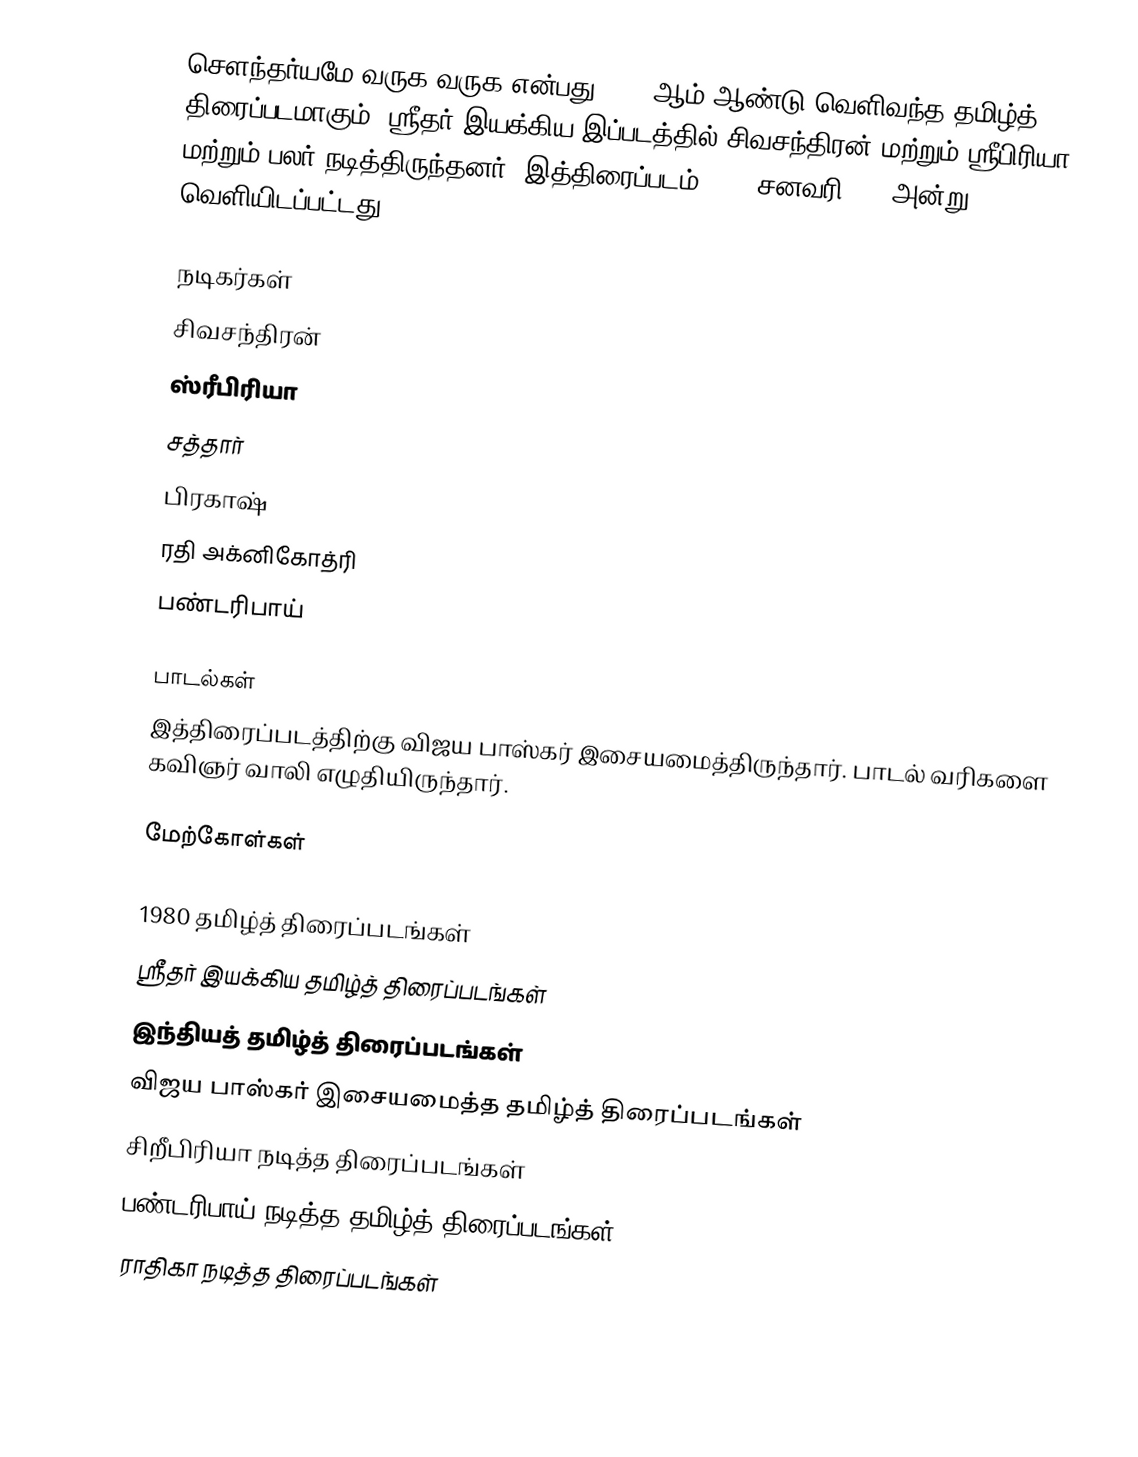
சௌந்தர்யமே வருக வருக என்பது 1980 ஆம் ஆண்டு வெளிவந்த தமிழ்த் திரைப்படமாகும். ஸ்ரீதர் இயக்கிய இப்படத்தில் சிவசந்திரன் மற்றும் ஸ்ரீபிரியா மற்றும் பலர் நடித்திருந்தனர். இத்திரைப்படம் 1980 சனவரி 15, அன்று வெளியிடப்பட்டது.

நடிகர்கள்
 சிவசந்திரன்
 ஸ்ரீபிரியா
 சத்தார்
 பிரகாஷ்
 ரதி அக்னிகோத்ரி
 பண்டரிபாய்

பாடல்கள்
இத்திரைப்படத்திற்கு விஜய பாஸ்கர் இசையமைத்திருந்தார். பாடல் வரிகளை கவிஞர் வாலி எழுதியிருந்தார்.

மேற்கோள்கள்

1980 தமிழ்த் திரைப்படங்கள்
ஸ்ரீதர் இயக்கிய தமிழ்த் திரைப்படங்கள்
இந்தியத் தமிழ்த் திரைப்படங்கள்
விஜய பாஸ்கர் இசையமைத்த தமிழ்த் திரைப்படங்கள்
சிறீபிரியா நடித்த திரைப்படங்கள்
பண்டரிபாய் நடித்த தமிழ்த் திரைப்படங்கள்
ராதிகா நடித்த திரைப்படங்கள்